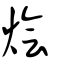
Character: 燴